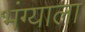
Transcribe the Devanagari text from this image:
भंग्याला